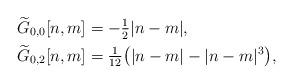
LaTeX: \begin{align*}\widetilde G_{0,0}[n,m]&=-\tfrac12|n-m|,\\\widetilde G_{0,2}[n,m]&=\tfrac1{12}\bigl(|n-m|-|n-m|^3\bigr),\end{align*}